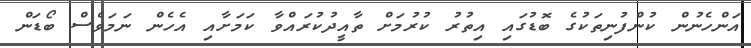
އަންހެނުން ކުންފުނިތަކުގެ ބޮޑުގައި އިތުރު ކުރުމަށް ތާއީދުކުރައްވާ ކަމަށާއި އެހެން ނަމަވެސް ބޯޑަން